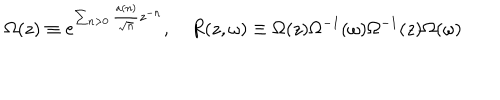
\Omega ( z ) \equiv e ^ { \sum _ { n > 0 } \frac { a ( n ) } { \sqrt { n } } z ^ { - n } } , \quad R ( z , \omega ) \equiv \Omega ( z ) \Omega ^ { - 1 } ( \omega ) \Omega ^ { - 1 } ( z ) \Omega ( \omega )